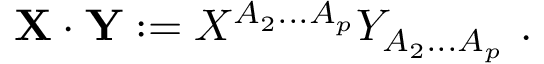
{ \bf X } \cdot { \bf Y } : = X ^ { A _ { 2 } . . . A _ { p } } Y _ { A _ { 2 } . . . A _ { p } } \ .